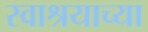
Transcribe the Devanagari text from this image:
स्वाश्रयाच्या